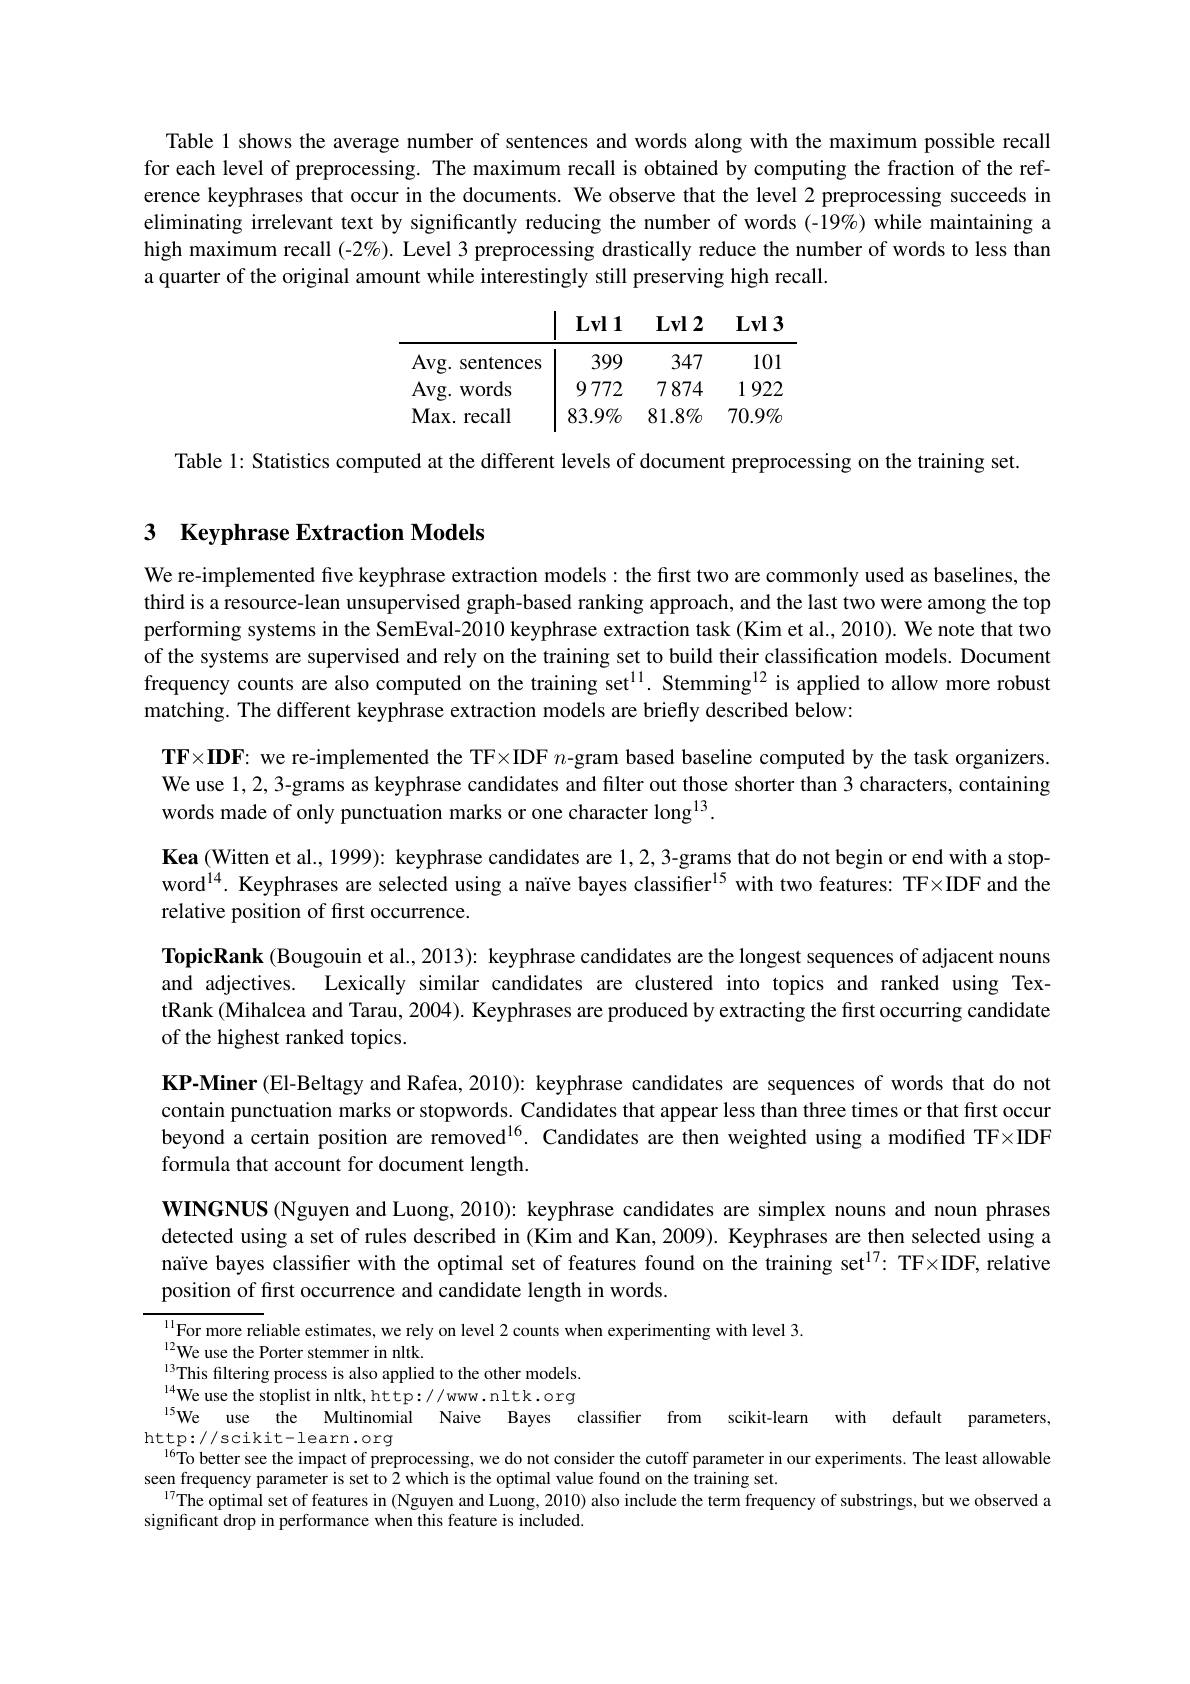
Table 1 shows the average number of sentences and words along with the maximum possible recall for each level of preprocessing. The maximum recall is obtained by computing the fraction of the reference keyphrases that occur in the documents. We observe that the level 2 preprocessing succeeds in eliminating irrelevant text by significantly reducing the number of words (-19%) while maintaining a high maximum recall (-2%). Level 3 preprocessing drastically reduce the number of words to less than a quarter of the original amount while interestingly still preserving high recall.

$\mathbf{I}_{,\mathbf{v}\mathbf{l}}$
<table>
	<tbody>
		<tr>
			<th>$Avg.s$ sentences</th>
			<th>399</th>
			<th>347</th>
			<th>101</th>
		</tr>
		<tr>
			<td>Avg. words</td>
			<td>9772</td>
			<td>7874</td>
			<td>922 1</td>
		</tr>
		<tr>
			<td>$\mathbf{Max.~recall}$</td>
			<td>$83.9\%$</td>
			<td>$81.8\%$</td>
			<td>$70.9\%$</td>
		</tr>
	</tbody>
</table>

Table 1: Statistics computed at the different levels of document preprocessing on the training set.

## 3 Keyphrase Extraction Models

We re-implemented five keyphrase extraction models: the first two are commonly used as baselines, the third is a resource-lean unsupervised graph-based ranking approach, and the last two were among the top performing systems in the SemEval-2010 keyphrase extraction task (Kim et al., 2010). We note that two of the systems are supervised and rely on the training set to build their classification models. Document frequency counts are also computed on the training set$^{11}$. Stemming$^{12}$ is applied to allow more robust matching. The different keyphrase extraction models are briefly described below:

$\mathbf{TF\times IDF:~we~re-implemented~the~TF\times IDF~}n$-gram based baseline computed by the task organizers. We use 1, 2, 3-grams as keyphrase candidates and filter out those shorter than 3 characters, containing words made of only punctuation marks or one character long$^{13}.$

$\textbf{Kea ( Witten et al. , 1999) : keyphrase candidates are }1, 2, 3$-grams that do not begin or end with a stopword$^{14}.$ Keyphrases are selected using a naïve bayes classifier$^{15}$ with two features: TF×IDF and the relative position of first occurrence.

TopicRank (Bougouin et al., 2013): keyphrase candidates are the longest sequences of adjacent nouns and adjectives. Lexically similar candidates are clustered into topics and ranked using TextRank (Mihalcea and Tarau, 2004). Keyphrases are produced by extracting the first occurring candidate of the highest ranked topics.
KP-Miner (El-Beltagy and Rafea, 2010): keyphrase candidates are sequences of words that do not contain punctuation marks or stopwords. Candidates that appear less than three times or that first occur beyond a certain position are removed$^{16}$. Candidates are then weighted using a modified TF×IDF formula that account for document length.
WINGNUS (Nguyen and Luong, 2010): keyphrase candidates are simplex nouns and noun phrases detected using a set of rules described in (Kim and Kan, 2009). Keyphrases are then selected using a naïve bayes classifier with the optimal set of features found on the training set$^{17}:$ TF×IDF, relative position of frst occurrence and candidate length in words.
$\text{ll}_{\mathrm{For~more~reliable~estimates, ~we~rely~on~level~2~counts~when~experimenting~with~level~3. }}^{11}\text{For more reliable estimates, we rely on level 2 counts when experimenting with level 3. }^{11}$For more reliable estimates, we rely on level 2 counts

$^{12}$We use the Porter stemmer in nltk.
$^{13}$This filtering process is also applied to the other models. $^{14}$We use the stoplist in nltk, http://www.nltk.org $^{15}$We use the Multinomial Naive Bayes classifier from scikit-learn with default parameters, $\begin{array}{c}\mathrm{http://scikit-learn.org}\\\mathrm{I6To~better~see~the~impact~of~preprocessing,~we~do~not~consider~the~cutoff~parameter~in~our~experiments.~The~least~allowable}\end{array}$ seen frequency parameter is set to 2 which is the optimal value found on the training set.
$^{17}$The optimal set of features in (Nguyen and Luong, 2010) also include the term frequency of substrings, but we observed a
significant drop in performance when this feature is included.